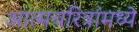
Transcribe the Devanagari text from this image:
आत्मचरित्रांमध्ये